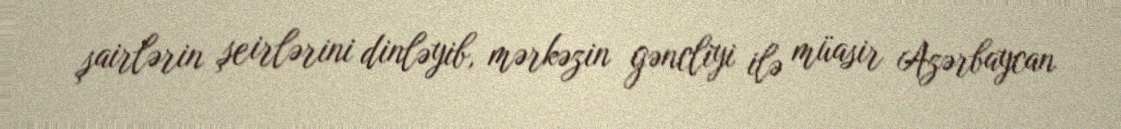
şairlərin şeirlərini dinləyib, mərkəzin gəncliyi ilə müasir Azərbaycan